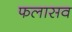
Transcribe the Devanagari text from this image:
फलासव